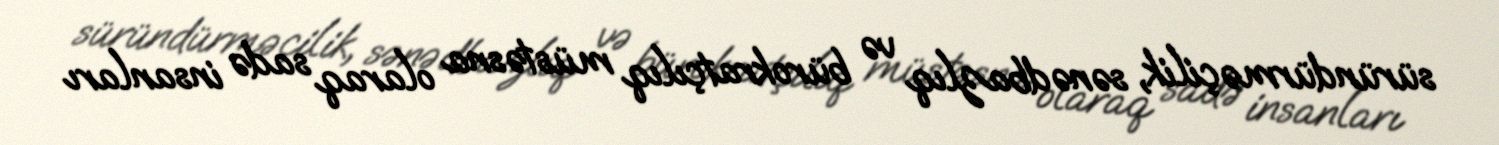
süründürməçilik, sənədbazlıq və bürokratçılıq müstəsna olaraq sadə insanları